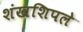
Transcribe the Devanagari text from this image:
शंखशिपले